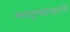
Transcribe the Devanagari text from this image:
मातृभावाने